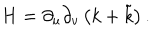
LaTeX: H = \partial _ { u } \partial _ { v } \left( k + \tilde { k } \right) .